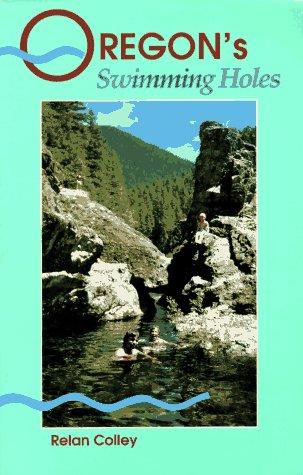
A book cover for Oregon's Swimming Holes; Relan Colley; Travel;